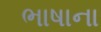
ભાષાના